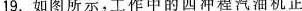
19.如图所示，工作中的四冲程汽油机正